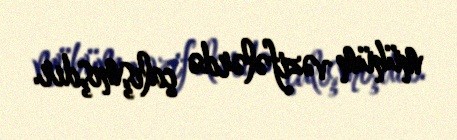
mühüm vəzifələrdə çalışmışdır.